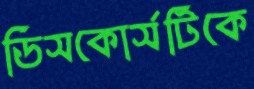
ডিসকোর্সটিকে